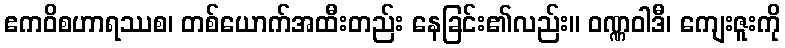
ဧကဝိစဟာရဿစ၊ တစ်ယောက်အထီးတည်း နေခြင်း၏လည်း။ ဝဏ္ဏဝါဒီ၊ ကျေးဇူးကို